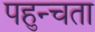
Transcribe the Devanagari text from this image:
पहुन्चता